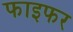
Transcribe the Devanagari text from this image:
फाइफर